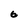
Character: 6